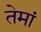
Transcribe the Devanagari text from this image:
तेमां